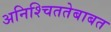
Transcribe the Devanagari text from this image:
अनिश्चिततेबाबत